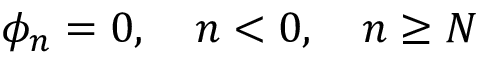
\phi _ { n } = 0 , \quad n < 0 , \quad n \geq N